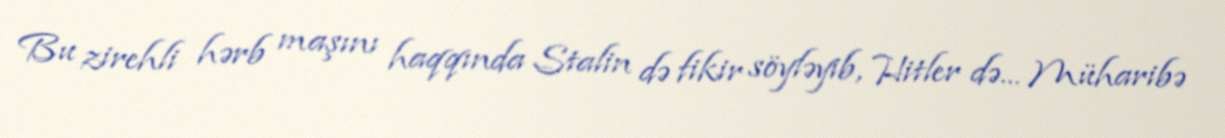
Bu zirehli hərb maşını haqqında Stalin də fikir söyləyib, Hitler də... Müharibə